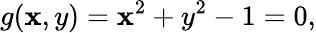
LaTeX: g(\mathbf{x},y)=\mathbf{x}^{2}+y^{2}-1=0,